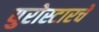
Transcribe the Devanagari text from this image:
युरोस्टारचे